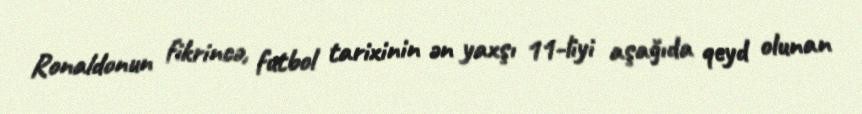
Ronaldonun fikrincə, futbol tarixinin ən yaxşı 11-liyi aşağıda qeyd olunan